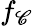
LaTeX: f_{\mathscr{C}}